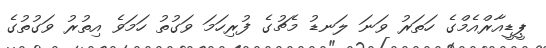
ޕީޑީއާރްއެމްގެ ހަތަރު ވަނަ ލަނޑު މެޗުގެ ފުރިހަމަ ވަގުތު ހަމަވެ އިތުރު ވަގުތުގެ